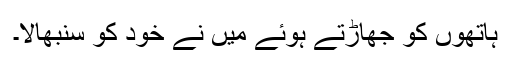
ہاتھوں کو جھاڑتے ہوئے میں نے خود کو سنبھالا۔